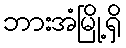
ဘားအံမြို့ရှိ